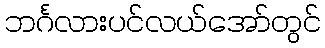
ဘင်္ဂလားပင်လယ်အော်တွင်